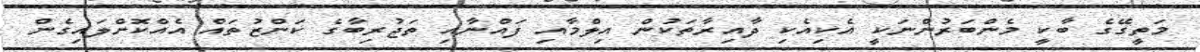
މަތީގޭގެ ބާކީ މެންބަރުންނަކީ އެކިއެކި ދާއިރާތަކުން އިލްމާއި ފައްނާއި ތަޖުރިބާގެ ކަންޒުތައް އެއްކޮށްލައިގެން